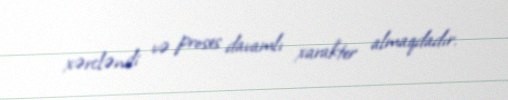
xərcləndi və proses davamlı xarakter almaqdadır.